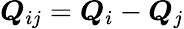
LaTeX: \boldsymbol{Q}_{ij}=\boldsymbol{Q}_{i}-\boldsymbol{Q}_{j}